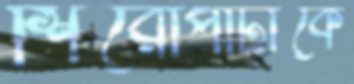
শিরোপাটাকে